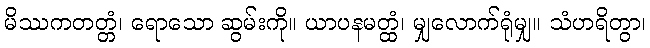
မိဿကတတ္တံ၊ ရောသော ဆွမ်းကို။ ယာပနမတ္ထံ၊ မျှလောက်ရုံမျှ။ သံဟရိတွာ၊